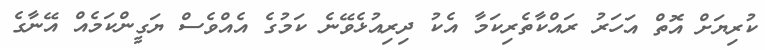
ކުރިޔަށް އޮތް އަހަރު ރައްކާތެރިކަމާ އެކު ދިރިއުޅެވޭނެ ކަމުގެ އެއްވެސް ޔަގީންކަމެއް އޭނާގެ